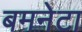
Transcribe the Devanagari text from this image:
बमनेटा